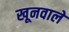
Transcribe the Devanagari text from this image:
खूनवाले